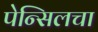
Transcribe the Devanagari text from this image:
पेन्सिलचा